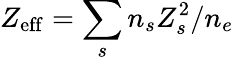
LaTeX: Z_{\mathrm{eff}}=\sum_{s}n_{s}Z_{s}^{2}/n_{e}